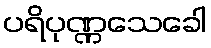
ပရိပုဏ္ဏသေခေါ